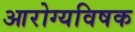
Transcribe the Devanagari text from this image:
आरोग्यविषक